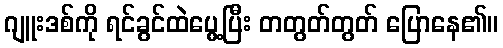
ဂျူးဒစ်ကို ရင်ခွင်ထဲပွေ့ပြီး တတွတ်တွတ် ပြောနေ၏။